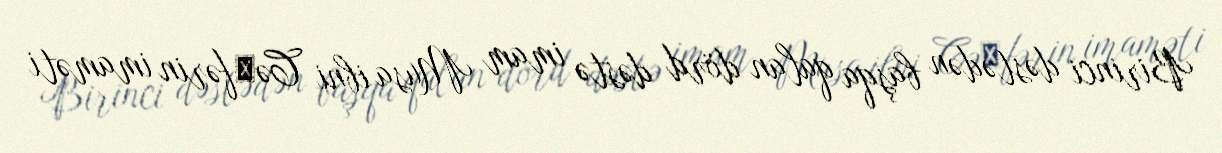
Birinci dəstədən başqa qalan dörd dəstə imam Musa ibni Cə᾿fərin imaməti